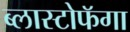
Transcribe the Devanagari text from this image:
ब्लास्टोफॅगा